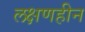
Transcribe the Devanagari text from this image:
लक्षणहीन